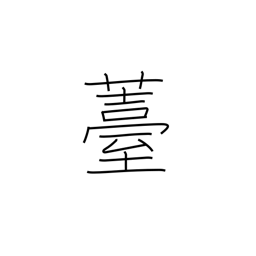
Meaning: seed pod